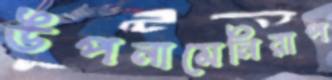
উপনামেনিরাপ